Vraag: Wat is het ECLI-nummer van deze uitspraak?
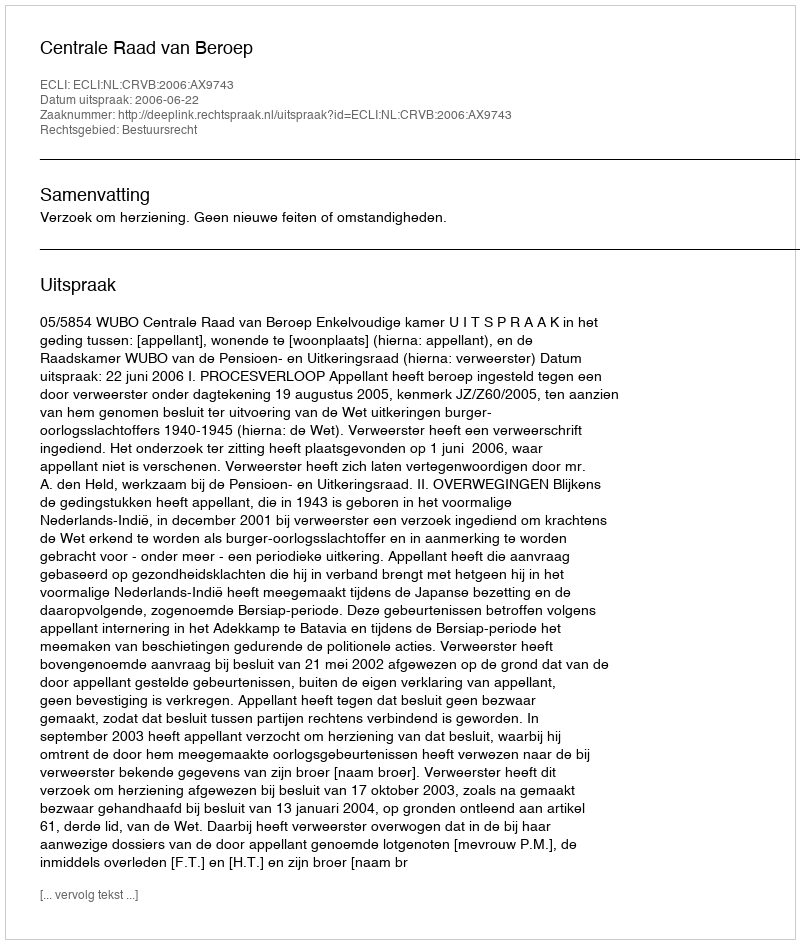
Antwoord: ECLI:NL:CRVB:2006:AX9743